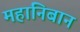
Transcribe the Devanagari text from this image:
महानिबान